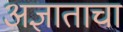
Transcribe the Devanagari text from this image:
अज्ञाताचा